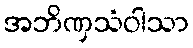
အဘိဏှသံဝါသာ